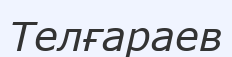
Телғараев